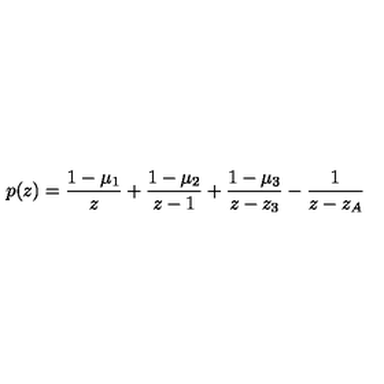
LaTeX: p ( z ) = \frac { 1 - \mu _ { 1 } } { z } + \frac { 1 - \mu _ { 2 } } { z - 1 } + \frac { 1 - \mu _ { 3 } } { z - z _ { 3 } } - \frac { 1 } { z - z _ { A } }